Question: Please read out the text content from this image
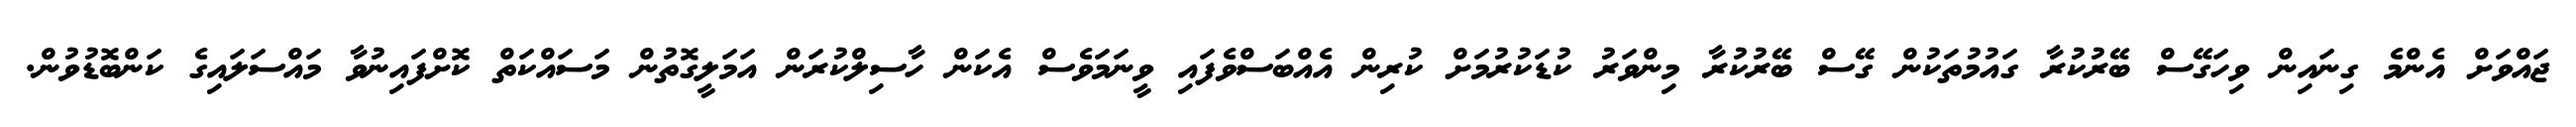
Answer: ޖައްވަށް އެންމެ ގިނައިން ވިހަގޭސް ބޭރުކުރާ ގައުމުތަކުން ގޭސް ބޭރުކުރާ މިންވަރު ކުޑަކުރުމަށް ކުރިން އެއްބަސްވެފައި ވީނަމަވެސް އެކަން ހާސިލްކުރަން އަމަލީގޮތުން މަސައްކަތް ކޮށްފައިނުވާ މައްސަލައިގެ ކަންބޮޑުވުން.